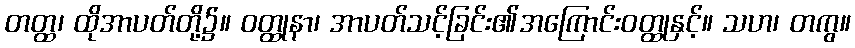
တတ္ထ၊ ထိုအာပတ်တို့၌။ ဝတ္ထုနာ၊ အာပတ်သင့်ခြင်း၏အကြောင်းဝတ္ထုနှင့်။ သဟ၊ တကွ။